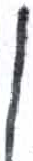
אות: ן